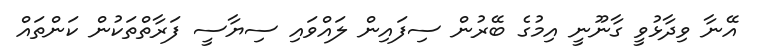
އޭނާ ވިދާޅުވީ ގާނޫނީ އިމުގެ ބޭރުން ސިފައިން ލައްވައި ސިޔާސީ ފަރާތްތަކުން ކަންތައް